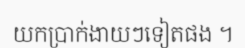
យកប្រាក់ងាយៗទៀតផង ។